On a parasite found in the white corpuscles of the blood of palm squirrels - Number 24
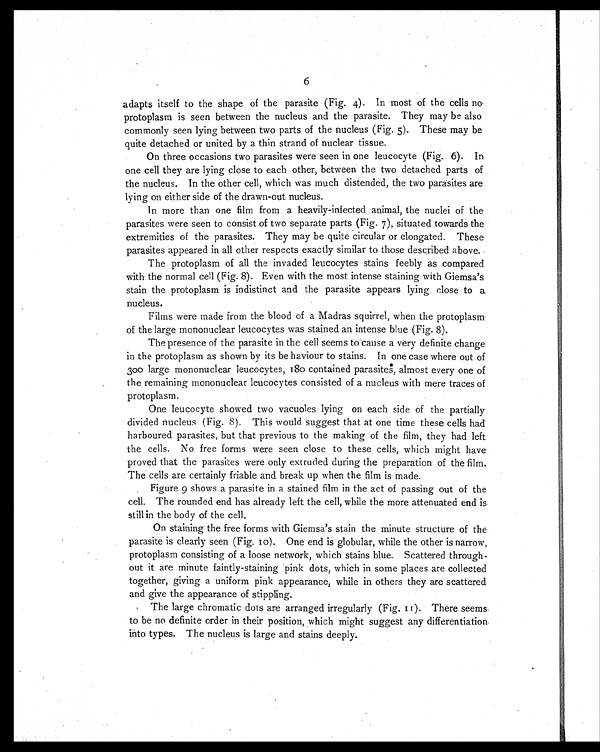
6
adapts itself to the shape of the parasite (Fig. 4). In most of the cells no
protoplasm is seen between the nucleus and the parasite. They may be also
commonly seen lying between two parts of the nucleus (Fig. 5). These may be
quite detached or united by a thin strand of nuclear tissue.
On three occasions two parasites were seen in one leucocyte (Fig. 6). In
one cell they are lying close to each other, between the two detached parts of
the nucleus. In the other cell, which was much distended, the two parasites are
lying on either side of the drawn-out nucleus.
In more than one film from a heavily-infected animal, the nuclei of the
parasites were seen to consist of two separate parts (Fig. 7), situated towards the
extremities of the parasites. They may be quite circular or elongated. These
parasites appeared in all other respects exactly similar to those described above.
The protoplasm of all the invaded leucocytes stains feebly as compared
with the normal cell (Fig. 8). Even with the most intense staining with Giemsa's
stain the protoplasm is indistinct and the parasite appears lying close to a
nucleus.
Films were made from the blood of a Madras squirrel, when the protoplasm
of the large mononuclear leucocytes was stained an intense blue (Fig. 8).
The presence of the parasite in the cell seems to cause a very definite change
in the protoplasm as shown by its be haviour to stains. In one case where out of
300 large mononuclear leucocytes, 180 contained parasites, almost every one of
the remaining mononuclear leucocytes consisted of a nucleus with mere traces of
protoplasm.
One leucocyte showed two vacuoles lying on each side of the partially
divided nucleus (Fig. 8). This would suggest that at one time these cells had
harboured parasites, but that previous to the making of the film, they had left
the cells. No free forms were seen close to these cells, which might have
proved that the parasites were only extruded during the preparation of the film.
The cells are certainly friable and break up when the film is made.
Figure 9 shows a parasite in a stained film in the act of passing out of the
cell. The rounded end has already left the cell, while the more attenuated end is
still in the body of the cell.
On staining the free forms with Giemsa's stain the minute structure of the
parasite is clearly seen (Fig. 10). One end is globular, while the other is narrow,
protoplasm consisting of a loose network, which stains blue. Scattered through-
out it are minute faintly-staining pink dots, which in some places are collected
together, giving a uniform pink appearance, while in others they are scattered
and give the appearance of stippling.
The large chromatic dots are arranged irregularly (Fig. 11). There seems
to be no definite order in their position, which might suggest any differentiation
into types. The nucleus is large and stains deeply.